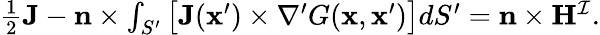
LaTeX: \begin{array}{r}{\frac{1}{2}\mathbf{J}-\mathbf{n}\times\int_{S^{\prime}}\big[\mathbf{J}(\mathbf{x}^{\prime})\times\nabla^{\prime}G(\mathbf{x},\mathbf{x}^{\prime})\big]dS^{\prime}=\mathbf{n}\times\mathbf{H}^{\mathcal{I}}.}\end{array}